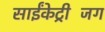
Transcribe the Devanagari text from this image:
साईंकेट्रीजिंग